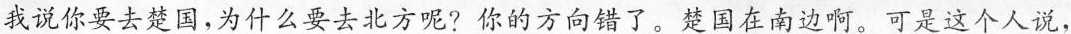
我说你要去楚国，为什么要去北方呢?你的方向错了。楚国在南边啊。可是这个人说，